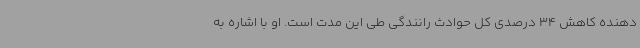
دهنده کاهش 34 درصدی کل حوادث رانندگی طی این مدت است. او با اشاره به